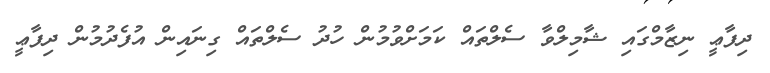
ދިފާޢީ ނިޒާމްގައި ޝާމިލްވާ ސެލްތައް ކަމަށްވުމުން ހުދު ސެލްތައް ގިނައިން އުފެދުމުން ދިފާޢީ